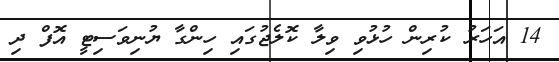
14 އަހަރު ކުރިން ހުޅުވި ވިލާ ކޮލެޖުގައި ހިންގާ ޔުނިވަސިޓީ އޮފް ދި